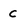
Character: C